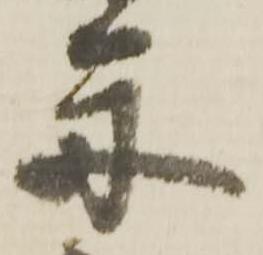
舟